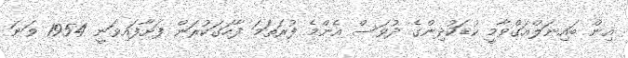
އިން ބައިނަލްއަގްވާމީ ކުޑަކުދިންގެ ދުވަސް އެންމެ ފުރަތަމަ ފާހަގަކުރަން ފަށާފައިވަނީ 1954 ވަނަ